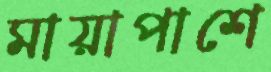
মায়াপাশে